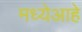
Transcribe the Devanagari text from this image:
मध्येआहे